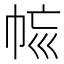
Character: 𢂩